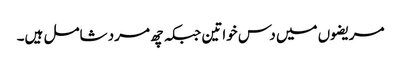
مریضوں میں دس خواتین جبکہ چھ مرد شامل ہیں۔